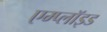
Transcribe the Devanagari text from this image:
एम्प्लॉइड